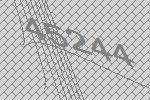
45244